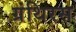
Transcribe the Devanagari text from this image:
ग्रंथिरस